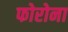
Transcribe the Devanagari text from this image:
फोरोना